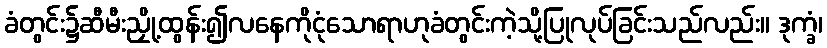
ခံတွင်း၌ဆီမီးညှို့ထွန်း၍လနေကိုငုံသောရာဟုခံတွင်းကဲ့သို့ပြုလုပ်ခြင်းသည်လည်း။ ဒုက္ခံ၊